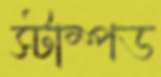
স্টাম্পড